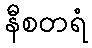
နီစတရံ